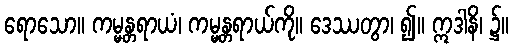
ရောသော။ ကမ္မန္တရာယံ၊ ကမ္မန္တရာယ်ကို။ ဒေဿတွာ၊ ၍။ ဣဒါနိ၊ ၌။